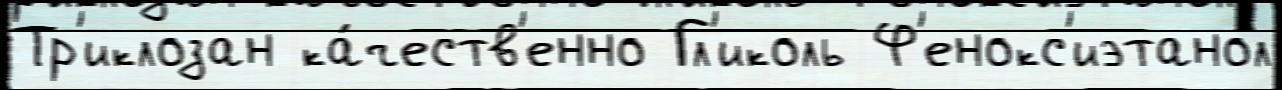
Тр'иклозан ка́честв'енно Гл'иколь Ф'енокс'иэтанол